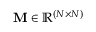
{ \bf M } \in \mathbb { R } ^ { ( N \times N ) }